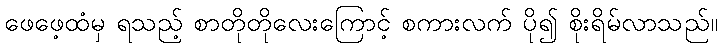
ဖေဖေ့ထံမှ ရသည့် စာတိုတိုလေးကြောင့် စကားလက် ပို၍ စိုးရိမ်လာသည်။